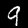
Label: 9